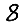
Digit: 8